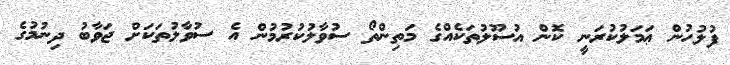
ފުލުހުން ޢަމަލުކުރަނީ ކޮން އުސޫލުތަކެއްގެ މަތިންތޯ ސުވާލުކުރުމުން އެ ސުވާލުތަކަށް ޖަވާބު ދިނުމުގެ